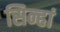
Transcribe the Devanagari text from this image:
सिन्हां